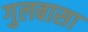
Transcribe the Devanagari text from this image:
गुलबासा